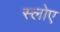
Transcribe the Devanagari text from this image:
स्लोए